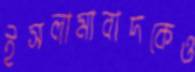
ইসলামাবাদকেও